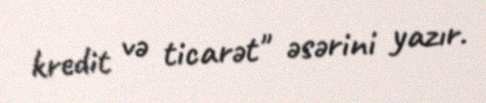
kredit və ticarət" əsərini yazır.